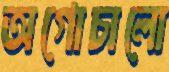
অগোচালো